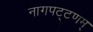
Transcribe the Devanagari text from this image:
नागपट्टणम्